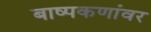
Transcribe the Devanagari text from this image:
बाष्पकणांवर